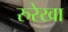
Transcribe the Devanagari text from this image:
रुरेखा